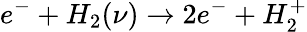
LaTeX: e^{-}+H_{2}(\nu)\rightarrow 2e^{-}+H_{2}^{+}